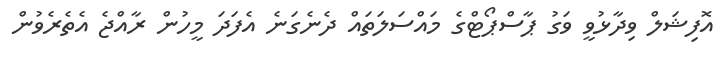
އޮފިޝަލް ވިދާޅުވީ ވަގު ޕާސްޕޯޓްގެ މައްސަލަތައް ދެނެގަނެ އެފަދަ މީހުން ރާއްޖެ އެތެެރެެވުން